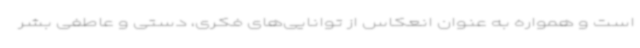
است و همواره به عنوان انعکاس از توانایی‌های فکری، دستی و عاطفی بشر